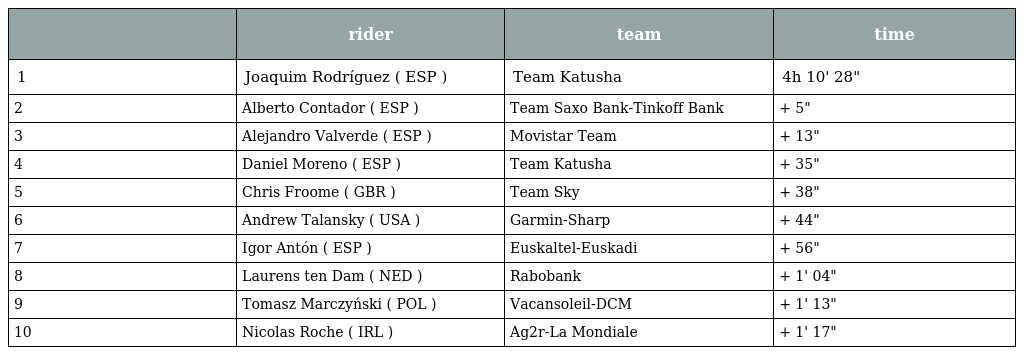
|  | rider | team | time |
 | --- | --- | --- | --- |
 | 1 | Joaquim Rodríguez ( ESP ) | Team Katusha | 4h 10' 28" |
 | 2 | Alberto Contador ( ESP ) | Team Saxo Bank-Tinkoff Bank | + 5" |
 | 3 | Alejandro Valverde ( ESP ) | Movistar Team | + 13" |
 | 4 | Daniel Moreno ( ESP ) | Team Katusha | + 35" |
 | 5 | Chris Froome ( GBR ) | Team Sky | + 38" |
 | 6 | Andrew Talansky ( USA ) | Garmin-Sharp | + 44" |
 | 7 | Igor Antón ( ESP ) | Euskaltel-Euskadi | + 56" |
 | 8 | Laurens ten Dam ( NED ) | Rabobank | + 1' 04" |
 | 9 | Tomasz Marczyński ( POL ) | Vacansoleil-DCM | + 1' 13" |
 | 10 | Nicolas Roche ( IRL ) | Ag2r-La Mondiale | + 1' 17" |